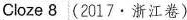
Cloze 8 (2017.浙江卷)